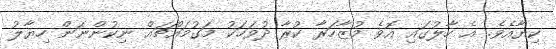
ކިޔާއެވެ. އެ ހާލުގައި އޮވެ މުޒާހަރާ ކުރާ ދުވަހަކު މަގުމައްޗައް ނިކުންނަން ހިޔާލު